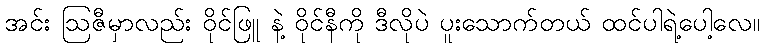
အင်း ဩဇီမှာလည်း ဝိုင်ဖြူ နဲ့ ဝိုင်နီကို ဒီလိုပဲ ပူးသောက်တယ် ထင်ပါရဲ့ပေါ့လေ။